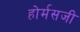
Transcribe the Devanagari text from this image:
होर्मसजी